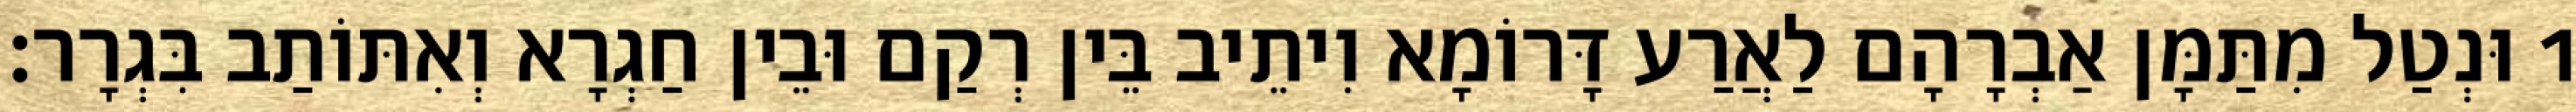
1 וּנְטַל מִתַּמָּן אַבְרָהָם לַאֲרַע דָּרוֹמָא וִיתֵיב בֵּין רְקַם וּבֵין חַגְרָא וְאִתּוֹתַב בִּגְרָר׃